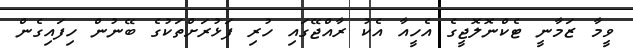
ވީމާ ޒަމާނީ ޓެކްނޮލޮޖީގެ އެހީއާ އެކު ރާއްޖޭގައި ހުރި ފަޅުރަށްތަކުގެ ބޭނުން ހިފައިގެން